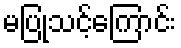
မပြုသင့်ကြောင်း